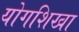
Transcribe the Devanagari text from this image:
योगशिखा